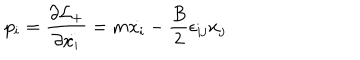
p _ { i } = \frac { \partial { \cal L } _ { + } } { \partial { \dot { x _ { i } } } } = m { \dot { x _ { i } } } - \frac { B } { 2 } \epsilon _ { i j } x _ { j }